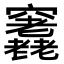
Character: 𥩊